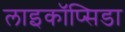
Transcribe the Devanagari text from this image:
लाइकॉप्सिडा